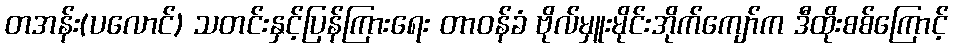
တအန်း(ပလောင်) သတင်းနှင့်ပြန်ကြားရေး တာဝန်ခံ ဗိုလ်မှူးမိုင်းအိုက်ကျော်က ဒီထိုးစစ်ကြောင့်